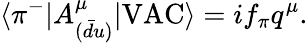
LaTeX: \langle\pi^{-}|A_{(\bar{d}u)}^{\mu}|\mathrm{VAC}\rangle=if_{\pi}q^{\mu}.